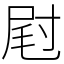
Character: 屗